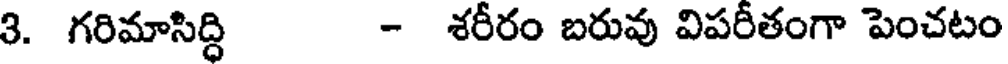
3. గరిమాసిద్ధి - శరీరం బరువు విపరీతంగా పెంచటం